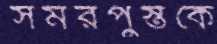
সমরপুস্তকে